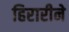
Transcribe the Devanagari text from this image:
हिरारीने